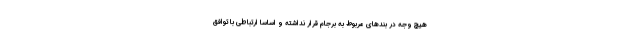
هیچ وجه در بندهای مربوط به برجام قرار نداشته و اساساً ارتباطی با توافق